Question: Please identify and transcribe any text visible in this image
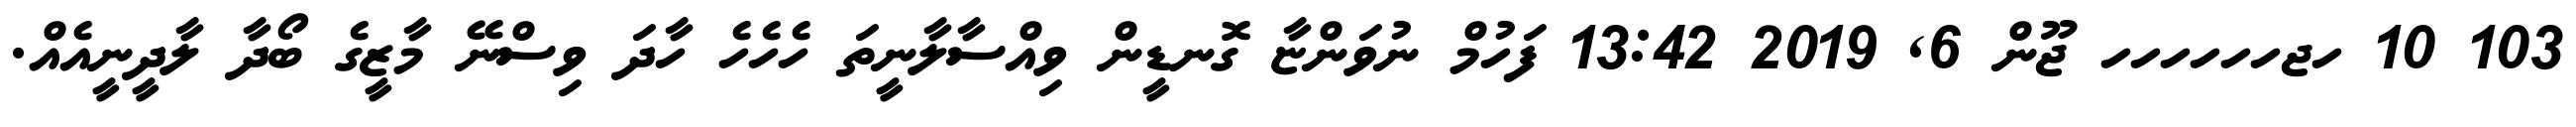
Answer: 103 10 ހޖހހހހހހ ޖޫން 6, 2019 13:42 ފަހުމް ނުވަންޏާ ގޮނޑީން ވިއްސާލާނީތަ ހެހެހެ ހާދަ ވިސްނޭ މާޒީގެ ބޯދާ ލާދީނީއެއް.